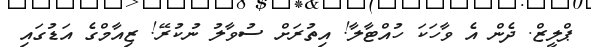
ޕްލީޒް. ދެން އެ ވާހަކަ ހުއްޓާލާ! އިތުރަށް ސުވާލު ނުކުރޭ! ޒިއާމްގެ އަޑުގައި